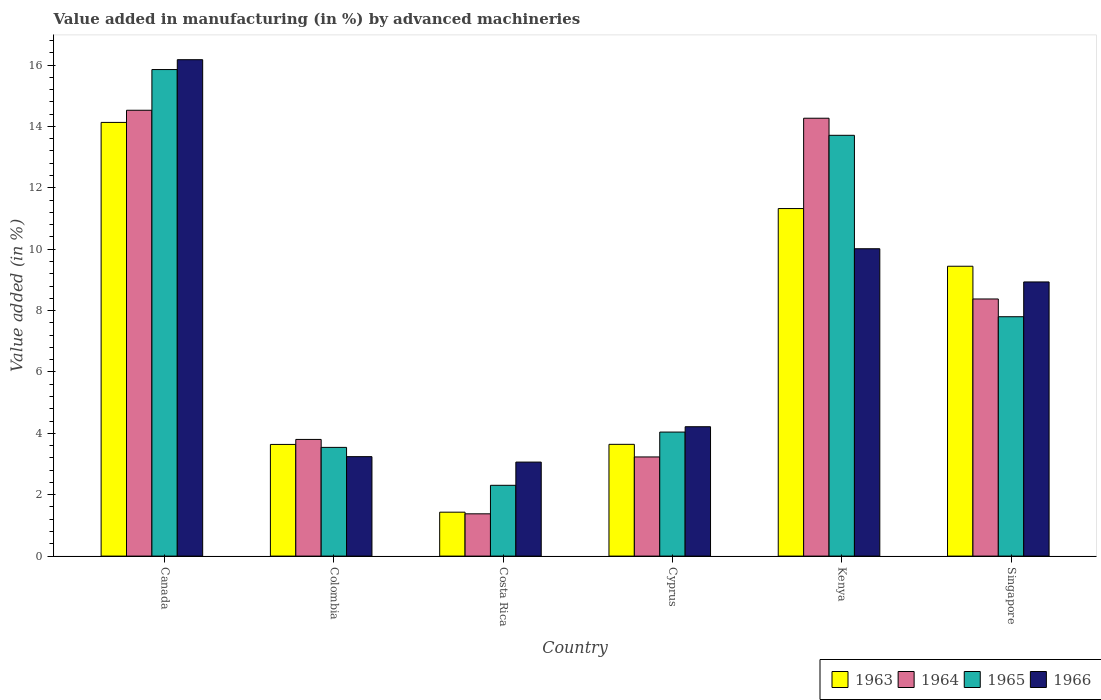
| Country | 1963 | 1964 | 1965 | 1966 |
 | --- | --- | --- | --- | --- |
 | Canada | 14.1 | 14.5 | 15.9 | 16.2 |
 | Colombia | 3.64 | 3.8 | 3.54 | 3.24 |
 | Costa Rica | 1.43 | 1.38 | 2.31 | 3.06 |
 | Cyprus | 3.64 | 3.23 | 4.04 | 4.22 |
 | Kenya | 11.3 | 14.3 | 13.7 | 10 |
 | Singapore | 9.44 | 8.38 | 7.8 | 8.93 |